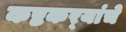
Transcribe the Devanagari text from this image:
कष्टकर्‍यांचे